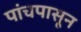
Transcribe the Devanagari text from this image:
पांचपासून